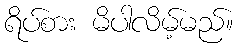
ရိပ်စား မိပါလိမ့်မည်။